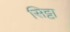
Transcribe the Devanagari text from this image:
सिट्टा